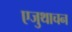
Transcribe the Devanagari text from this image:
एजुथाचन